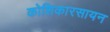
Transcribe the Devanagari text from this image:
कोशिकारसायन